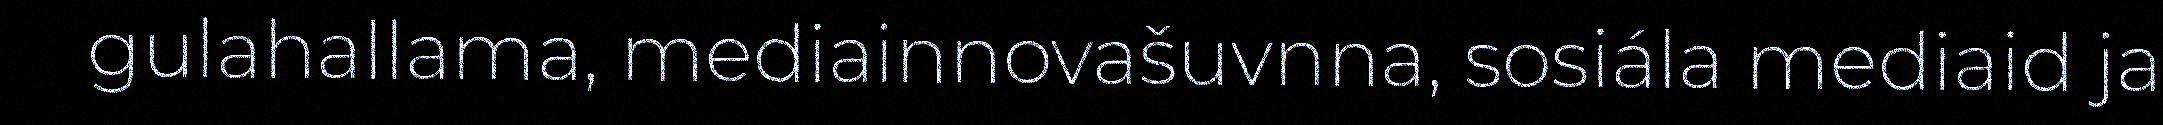
gulahallama, mediainnovašuvnna, sosiála mediaid ja